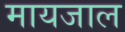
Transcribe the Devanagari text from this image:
मायजाल